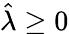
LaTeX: \hat{\lambda}\geq 0